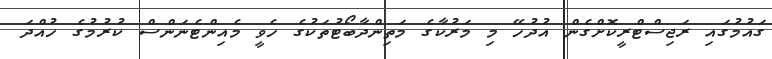
ގައުމުގައި ރަޖިސްޓްރީކޮށްގެން އުދުހޭ މި މަރުކާގެ މަތިންދާބޯޓުތަކުގެ ހެވީ މެއިންޓެނަންސް ކުރުމުގެ ހުއްދަ